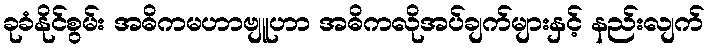
ခုခံနိုင်စွမ်း အဓိကမဟာဗျူဟာ အဓိကလိုအပ်ချက်များနှင့် နည်းလျက်